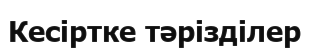
Кесіртке тәрізділер